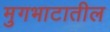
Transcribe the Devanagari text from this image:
मुगभाटातील